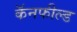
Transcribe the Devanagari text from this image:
कॅनफील्ड